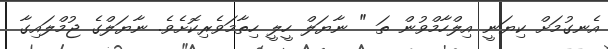
އެނގުމަށް ކިޔަނީ އިލްހާމްވުން ތަ " ނާޔަލް ހީލީ ހިތާމަވެރިކޮށެވެ. ނާޔަލްގެ ޖުމްލައިގާ